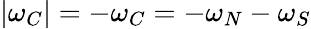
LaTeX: |\omega_{C}|=-\omega_{C}=-\omega_{N}-\omega_{S}